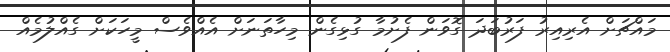
މައްޗަށް އެރިއިރު ފަރުބަދަ ގޮވަން ފެށުމާ ގުޅިގެން މިހާތަނަށް އެއްވެސް މީހަކަށް ގެއްލުމެއް